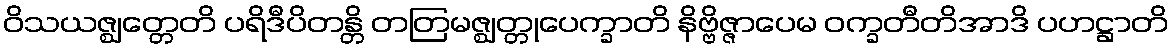
ဝိသယဇ္ဈတ္တေတိ ပရိဒီပိတန္တိ တတြမဇ္ဈတ္တုပေက္ခာတိ နိဗ္ဗိဇ္ဇာပေမ ဝက္ခတီတိအာဒိ ပဟဋ္ဌာတိ